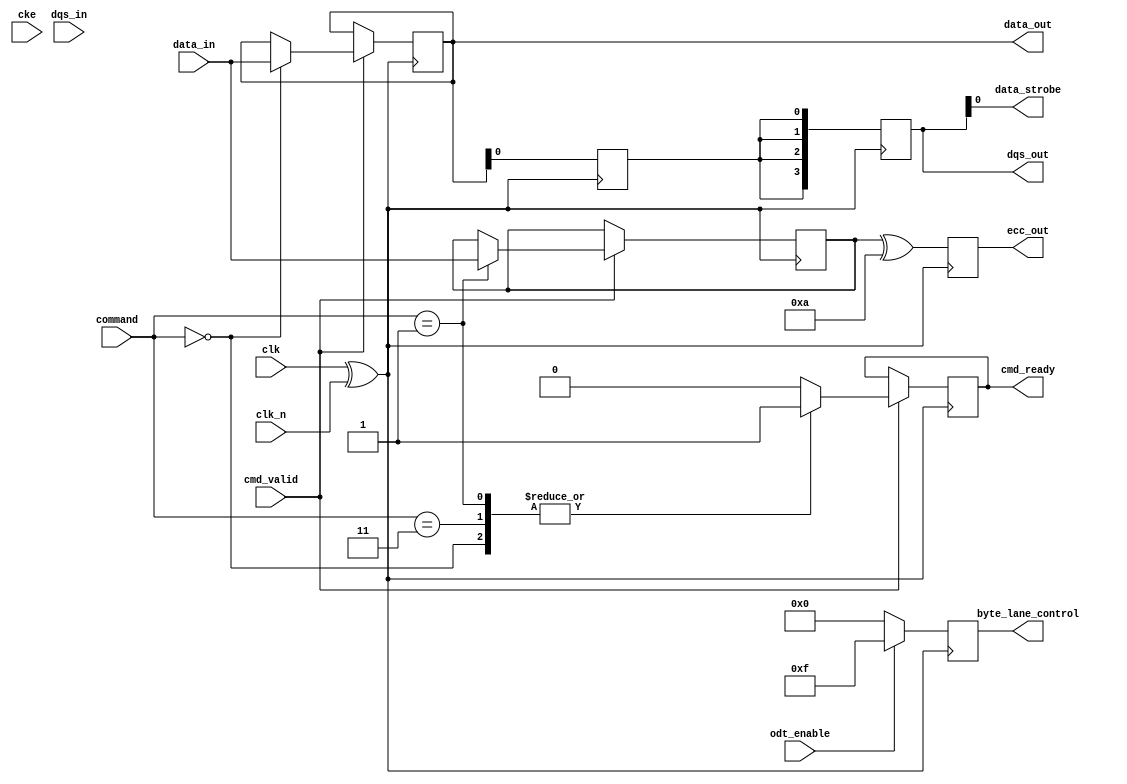
module ddr2_io_block (
    input wire clk,
    input wire clk_n,
    input wire cke,
    input wire [3:0] data_in,
    output wire [3:0] data_out,
    input wire [3:0] dqs_in,
    output wire [3:0] dqs_out,
    input wire cmd_valid,
    input wire [2:0] command,
    output reg cmd_ready,
    input wire odt_enable,
    output reg [3:0] byte_lane_control,
    output reg [3:0] ecc_out,
    output wire data_strobe
);

    // Parameters for command definitions
    parameter READ = 3'b000;
    parameter WRITE = 3'b001;
    parameter PRECHARGE = 3'b010;
    parameter ACTIVATE = 3'b011;

    // Internal signals
    reg [3:0] data_reg;
    reg dqs_reg;

    // Differential clock handling
    wire clk_diff = clk ^ clk_n;

    // Simple Read/Write operation
    always @(posedge clk_diff) begin
        if (cmd_valid) begin
            case (command)
                READ: begin
                    // Read operation - just transfer data to output for simulation
                    data_out <= data_in;
                    cmd_ready <= 1;
                end
                WRITE: begin
                    // Write operation - capture incoming data
                    data_reg <= data_in;
                    cmd_ready <= 1;
                end
                PRECHARGE: begin
                    // Precharge logic
                    cmd_ready <= 0;
                end
                ACTIVATE: begin
                    // Activate logic
                    cmd_ready <= 1;
                end
                default: cmd_ready <= 0;
            endcase
        end
    end

    // DQS Handling
    assign data_strobe = dqs_out[0]; // Simplified to one DQS for the example

    always @(posedge clk_diff) begin
        // Simulate DQS output
        dqs_reg <= data_out[0];  // A simplified example; adjust as needed
        dqs_out <= {dqs_reg, dqs_reg, dqs_reg, dqs_reg}; // Spread it across all bits
    end

    // Byte Lane Control Logic (for demo purposes)
    always @(posedge clk_diff) begin
        if (odt_enable) begin
            byte_lane_control <= 4'b1111; // Enable all byte lanes
        end else begin
            byte_lane_control <= 4'b0000; // Disable all byte lanes
        end
    end

    // Optional ECC logic can be added here
    // For demonstration, just pass through ECC bits
    always @(posedge clk_diff) begin
        ecc_out <= data_reg ^ 4'b1010; // Dummy ECC operation for demonstration
    end

endmodule